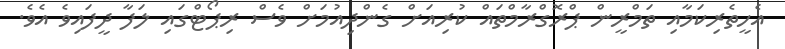
އެހީތެރިކަމާއި ތަމްރީން ޕްރޮގްރާމްތައް ކުރިއަށް ގެންދިއުމަށް ވެސް ރިޕޯޓްގައި ލަފާ ދީފައިވެ އެވެ.